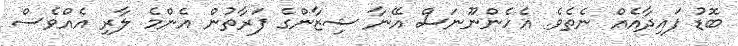
ބޮޑު ފައިދާއެއް ނެތެވެ. އެހެންނޫނަސް އޭނާ ޝިޒާންގެ ފަރާތުން އެންމެ ލާރި އެއްވެސް